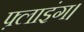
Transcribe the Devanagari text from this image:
फ़्लाइंग।